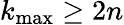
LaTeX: k_{\mathrm{max}}\geq 2n